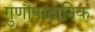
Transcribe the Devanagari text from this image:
गुणौपादानिक